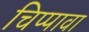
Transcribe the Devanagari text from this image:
चिप्पावा